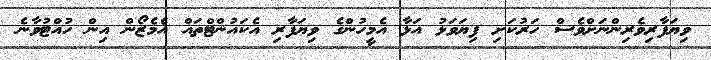
ވިޔަފާރިވެރިންނަށްވެސް ހަރުކަށި ފިޔަވަޅު އަޅާ އެމީހުންގެ ވިޔަފާރި އެކައުންޓްތައް އެމެޒޯން އިން ހުއްޓުވާނެ